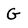
Character: G